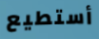
أستطيع